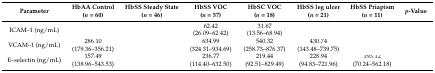
<table><thead><tr><td><b>Parameter</b></td><td><b>HbAA Control(<i>n</i> = 60)</b></td><td><b>HbSS Steady State(<i>n</i> = 46)</b></td><td><b>HbSS VOC(<i>n</i> = 57)</b></td><td><b>HbSC VOC(<i>n</i> = 18)</b></td><td><b>HbSS leg ulcer(<i>n</i> = 21)</b></td><td><b>HbSS Priapism(<i>n</i> = 11)</b></td><td><b><i>p</i>-Value</b></td></tr></thead><tbody><tr><td>ICAM–1 (ng/mL)</td><td>[EMPTY_CELL]</td><td>[EMPTY_CELL]</td><td>62.42(26.09–62.42) </td><td>31.67(13.56–68.94) </td><td>[EMPTY_CELL]</td><td>[EMPTY_CELL]</td><td>[EMPTY_CELL]</td></tr><tr><td>VCAM–1 (ng/mL)</td><td>286.10(179.36–356.21)</td><td>[EMPTY_CELL]</td><td>634.99(324.31–934.69)</td><td>540.32(258.73–876.37) </td><td>430.74(143.48–739.75) </td><td>[EMPTY_CELL]</td><td>[EMPTY_CELL]</td></tr><tr><td>E–selectin (ng/mL)</td><td>157.49(138.96–543.53) </td><td>[EMPTY_CELL]</td><td>236.77(114.40–632.50) </td><td>219.44(92.51–829.49) </td><td>228.94(94.83–721.96) </td><td>193.12(70.24–562.18)</td><td>[EMPTY_CELL]</td></tr></tbody></table>